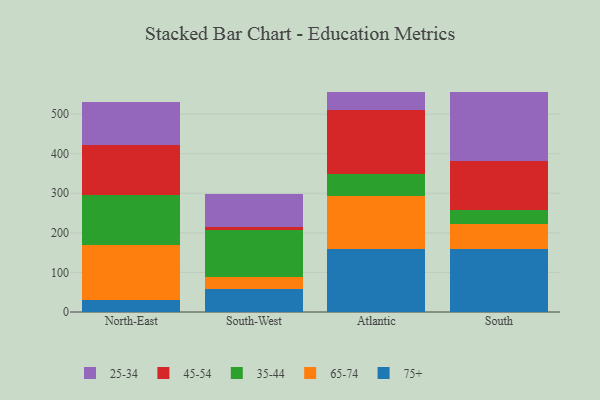
{"axis": {"x": "Region", "y": "Satisfaction Score"}, "legend": ["25-34", "35-44", "45-54", "65-74", "75+"], "data": [{"x": "North-East", "y": 29.5, "type": "75+"}, {"x": "North-East", "y": 141.0, "type": "65-74"}, {"x": "North-East", "y": 124.9, "type": "35-44"}, {"x": "North-East", "y": 125.6, "type": "45-54"}, {"x": "North-East", "y": 110.6, "type": "25-34"}, {"x": "South-West", "y": 58.3, "type": "75+"}, {"x": "South-West", "y": 31.4, "type": "65-74"}, {"x": "South-West", "y": 117.0, "type": "35-44"}, {"x": "South-West", "y": 7.3, "type": "45-54"}, {"x": "South-West", "y": 84.8, "type": "25-34"}, {"x": "Atlantic", "y": 159.2, "type": "75+"}, {"x": "Atlantic", "y": 134.8, "type": "65-74"}, {"x": "Atlantic", "y": 54.4, "type": "35-44"}, {"x": "Atlantic", "y": 162.9, "type": "45-54"}, {"x": "Atlantic", "y": 45.6, "type": "25-34"}, {"x": "South", "y": 160.1, "type": "75+"}, {"x": "South", "y": 62.1, "type": "65-74"}, {"x": "South", "y": 35.8, "type": "35-44"}, {"x": "South", "y": 123.3, "type": "45-54"}, {"x": "South", "y": 174.5, "type": "25-34"}]}